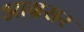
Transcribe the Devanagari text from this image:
आग्रसर